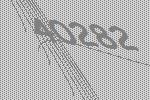
40282